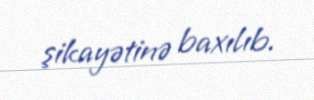
şikayətinə baxılıb.